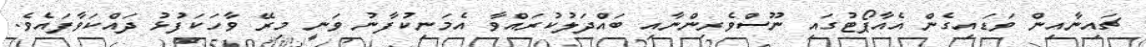
ޗައިނާއިން ވަޑައިގެން އެއާޕޯޓުގައި ނޫސްވެރިންނާއި ބައްދަލުކުރައްވާ އެމަނިކުފާނު ވަނީ މިރޭ ވާހަކަފުޅު ދައްކަވާފައެވެ.